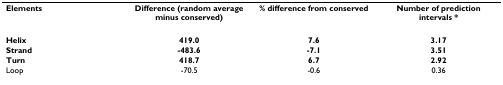
| Elements | Difference (random average minus conserved) | % difference from conserved | Number of prediction intervals * |
 | --- | --- | --- | --- |
 | Helix | 419.0 | 7.6 | 3.17 |
 | Strand | -483.6 | -7.1 | 3.51 |
 | Turn | 418.7 | 6.7 | 2.92 |
 | Loop | -70.5 | -0.6 | 0.36 |